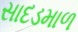
સાદડમાળ